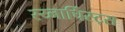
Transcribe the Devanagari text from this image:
स्य्नार्चिस्ट्स